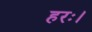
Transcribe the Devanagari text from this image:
हरः।